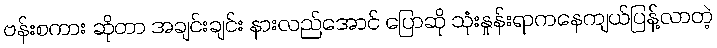
ဗန်းစကား ဆိုတာ အချင်းချင်း နားလည်အောင် ပြောဆို သုံးနှုန်းရာကနေကျယ်ပြန့်လာတဲ့